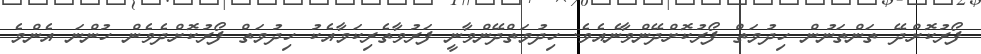
ފޯރުކޮށްދޭ ތަންތަނުން ހިދުމަތް ފޯރުކޮށްދޭންވާނެއެވެ. ހިދުމަތްދޭންވާނީ ފަރުވާތެރިކަމާއެކު ހިދުމަތް ފޯރުކޮށްދެވެން ހުންނަ އެންމެ